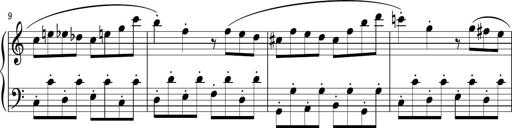
Title: Sonatina PandemÃ³nium
Composer: VÃ­ctor Carbajo
Key: C major